Statistical return of the lunatic asylum in Assam - 1912-1932
Year: 1912
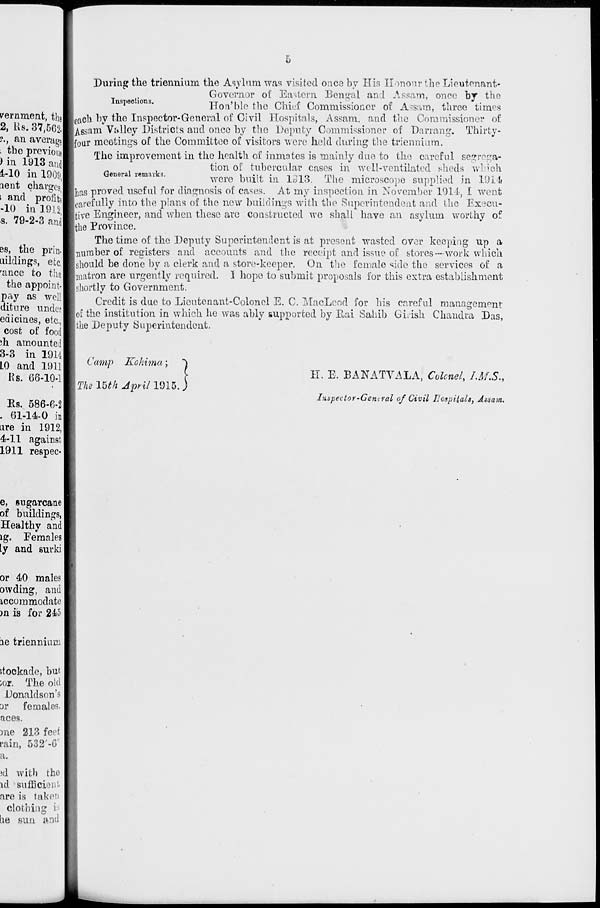
During the triennium the Asylum was visited once by His Honour the Lieutenant*
Governor ot: Eastern Bengal ami Assam, once by the
nspecions.
Hon'blc the Chief Commissioner of Assam, three times
leach by the Inspector-General of Civil Hospitals, Assam, and the Commissioner of
Assam Valley Districts and once by the Deputy Commissioner of Darrang. Thirty-
Ifoiir meetings of the Committee of visitors were held during the triennium.
The improvement in the health of inmates is mainly due to the careful segrega-
tion of tubercular cases in well-ventilated sheds which
General remarks.
^ built {R 1913
The m i Cr0S C0pe Supplied in 1914
Ihas proved useful for diagnosis of cases. At my inspection in November 1911, I went
carefully into the plans of the new buildings with the Superintendent and the Execu-
tive Engineer, and when these are constructed we sball have an asylum worthy of
Ithe Province.
The time of the Deputy Superintendent is at present wasted over keeping up a
Lumber of registers and accounts and the receipt and issue of stores—work which
should he done by a clerk and a store-keeper. On the female side the services of a
matron are urgently required. I hope to submit proposals for this extra establishment
I shortly to Government.
Credit is due to Lieutenant-Colonel E. C. MacLeod for his careful management
lof the institution in which he was ably supported by Rai Sahib Giiish Chandra Das,
the Deputy Superintendent.
Camp Kohima;
The 15*A April 1915.
H. E. BANATVALA, Colonel, IMS.,
Inspector-Gemral of Civil Lospita.lt, Assam.
ae triennium